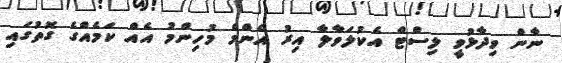
ނާން ވިދާޅުވީ ލިސްޓް އެކުލަވާލާ އިރު އެންމެ މުހިންމު އެއް ކަމެއްގެ ގޮތުގައި